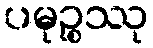
ပမုဉ္စဿု